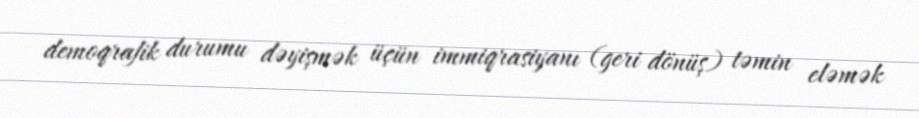
demoqrafik durumu dəyişmək üçün immiqrasiyanı (geri dönüş) təmin eləmək